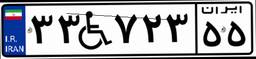
۳۳W۷۲۳۵۵